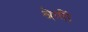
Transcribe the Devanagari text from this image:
श्रेणीं